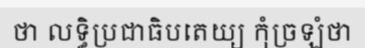
ថា លទ្ធិប្រជាធិបតេយ្យ កុំច្រឡំថា